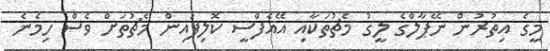
މީގެ އިތުރުން ނޭޕާލްގެ ލީގު މެޗުތަކާއި އޭއެފްސީ ކޮލިފައިން މެޗުތަށް ވެސް ހިމެނެ